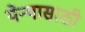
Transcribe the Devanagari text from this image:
येन्यासाठी